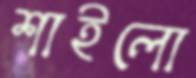
শাইলো